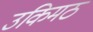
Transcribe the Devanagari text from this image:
उकिमठ